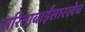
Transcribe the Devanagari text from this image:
सरिताबाईंसारखेच